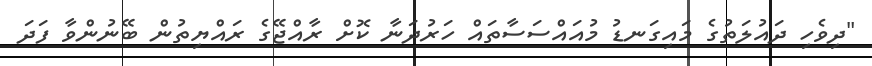
"ދިވެހި ދައުލަތުގެ މައިގަނޑު މުއައްސަސާތައް ހަރުދަނާ ކޮށް ރާއްޖޭގެ ރައްޔިތުން ބޭނުންވާ ފަދަ